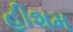
હીશમ